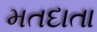
મતદાતા